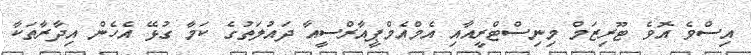
އިސްވެ އޮވެ ޓޫރިޒަމް މިނިސްޓްރީއާއި އެމްއެމްޕީއާރްސީއާ ދައުލަތުގެ ކަމާ ގުޅޭ އެހެން އިދާރާތަކާ